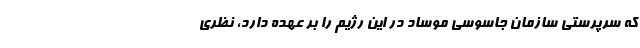
که سرپرستی سازمان جاسوسی موساد در این رژیم را بر عهده دارد، نظری